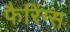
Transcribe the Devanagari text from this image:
फैरिंग्स